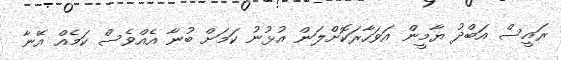
ރައީސް އަބްދު ޔާމީން އަވަހާރަކޮށްލަން އުޅުނު ކަމަށް ބުނާ އެއްވެސް ކަމެއް އޭނާ